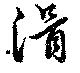
滑